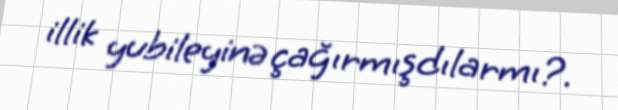
illik yubileyinə çağırmışdılarmı?.